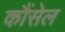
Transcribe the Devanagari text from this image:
कौंसेल